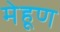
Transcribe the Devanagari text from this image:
मेहूण